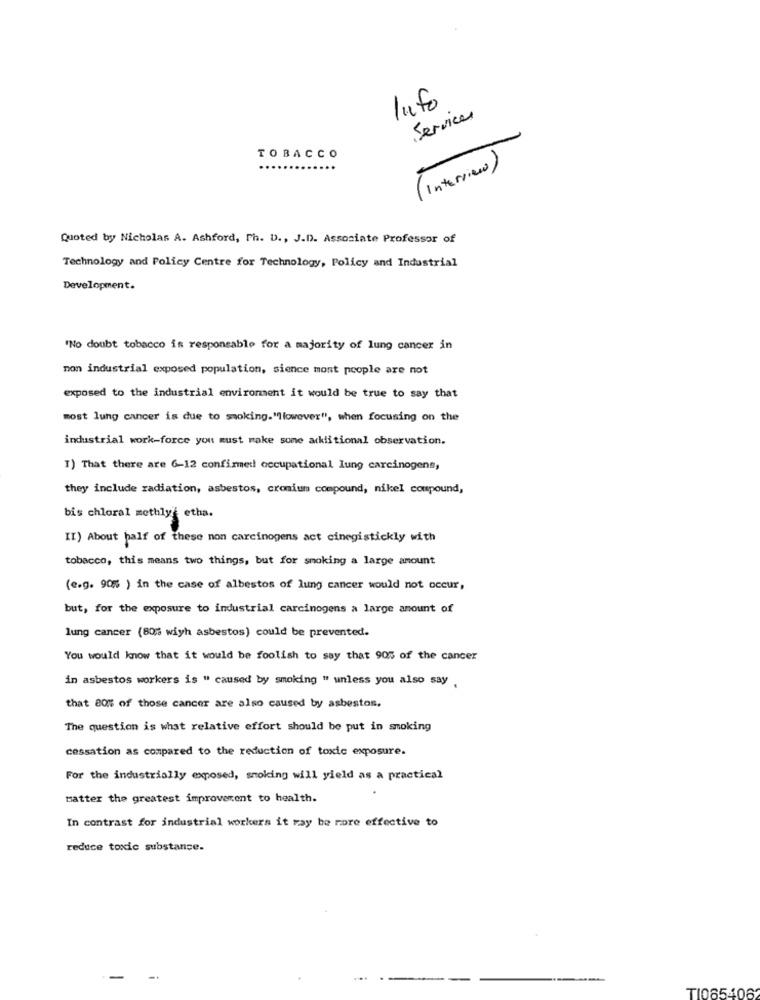
lufo
Service
TOBACCO
Interview )
Quoted by Nicholas A. Ashford, Ph. D ., J.D. Associate Professor of
Technology and Policy Centre for Technology, Policy and Industrial
Development.
"No doubt tobacco is responsable for a majority of lung cancer in
mon industrial exposed population, sience most people are not
exposed to the industrial environment it would be true to say that
most lung cancer is due to smoking."However", when focusing on the
industrial work-force you must make some additional observation.
I) That there are 6-12 confirmed occupational lung carcinogens,
they include radiation, asbestos, cromium compound, nikel compound,
bis chloral sethlys etha.
II) About half of these non carcinogens act cinegistickly with
tobacco, this means two things, but for smoking a large amount
(e.g. 90% ) in the case of albestos of lung cancer would not occur,
but, for the exposure to industrial carcinogens a large amount of
lung cancer (80% wiyh asbestos) could be prevented.
You would know that it would be foolish to say that 905 of the cancer
in asbestos workers is " caused by smoking " unless you also say .
that 80% of those cancer are also caused by asbestos.
The question is what relative effort should be put in smoking
cessation as compared to the reduction of toxic exposure.
For the industrially exposed, smoking will yield as a practical
Matter the greatest improverent to health.
In contrast for industrial workers it may be more effective to
reduce toxic substance.
TI065406